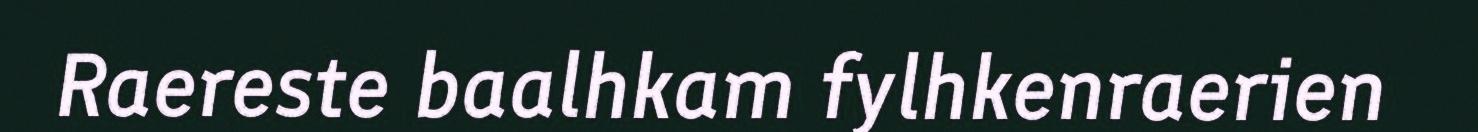
Raereste baalhkam fylhkenraerien